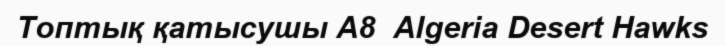
Топтық қатысушы A8  Algeria Desert Hawks